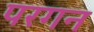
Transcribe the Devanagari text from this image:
परगन